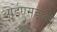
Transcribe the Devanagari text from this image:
आईएसडब्ल्यू